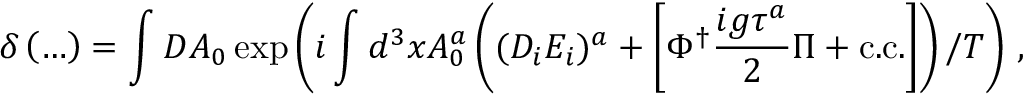
\delta \left( \ldots \right) = \int { \cal D } A _ { 0 } \exp \left( i \int d ^ { 3 } x A _ { 0 } ^ { a } \left( ( D _ { i } E _ { i } ) ^ { a } + \left[ \Phi ^ { \dagger } \frac { i g \tau ^ { a } } { 2 } \Pi + \mathrm { c . c . } \right] \right) / T \right) \, ,